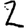
Digit: 2